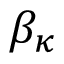
\beta _ { \kappa }